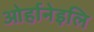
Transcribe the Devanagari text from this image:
ओर्हानेइलि